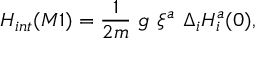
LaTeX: H _ { i n t } ( M 1 ) = { \frac { 1 } { 2 m } } ~ g \ \xi ^ { a } ~ \Delta _ { i } H _ { i } ^ { a } ( 0 ) ,